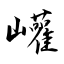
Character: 巏